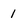
Character: 1